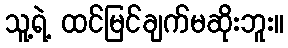
သူ့ရဲ့ ထင်မြင်ချက်မဆိုးဘူး။